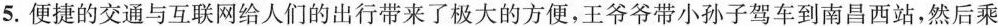
5.便捷的交通与互联网给人们的出行带来了极大的方便，王爷爷带小孙子驾车到南昌西站，然后乘